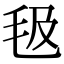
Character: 𣬬